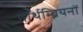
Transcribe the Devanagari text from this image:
नॉर्थम्ब्रियनों